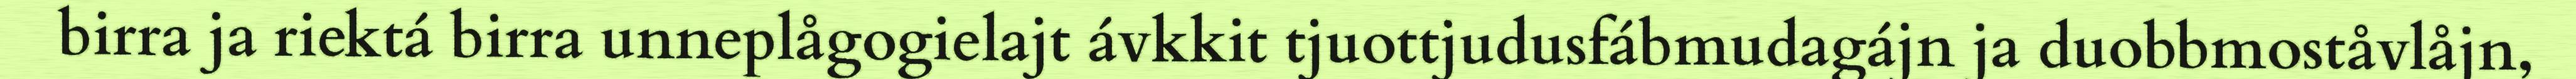
birra ja riektá birra unneplågogielajt ávkkit tjuottjudusfábmudagájn ja duobbmoståvlåjn,